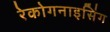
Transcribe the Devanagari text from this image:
रेकोगनाइसिंग